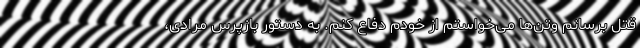
قتل برسانم وتن‌ها می‌خواستم از خودم دفاع کنم. به دستور بازپرس مرادی،